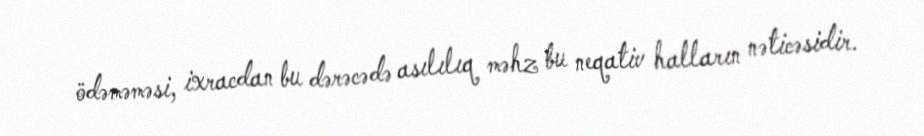
ödəməməsi, ixracdan bu dərəcədə asılılıq məhz bu neqativ halların nəticəsidir.